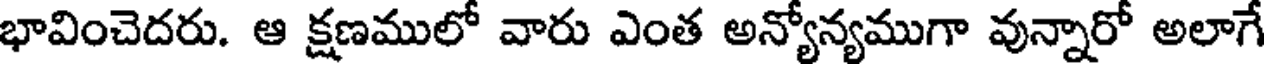
భావించెదరు. ఆ క్షణములో వారు ఎంత అన్యోన్యముగా వున్నారో అలాగే